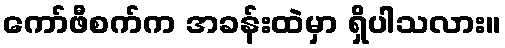
ကော်ဖီစက်က အခန်းထဲမှာ ရှိပါသလား။